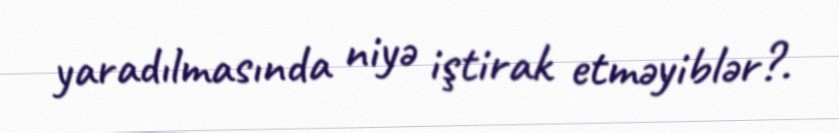
yaradılmasında niyə iştirak etməyiblər?.